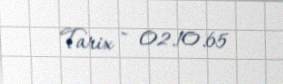
Tarix - 02.10.65